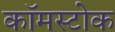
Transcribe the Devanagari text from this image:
कॉमस्टोक